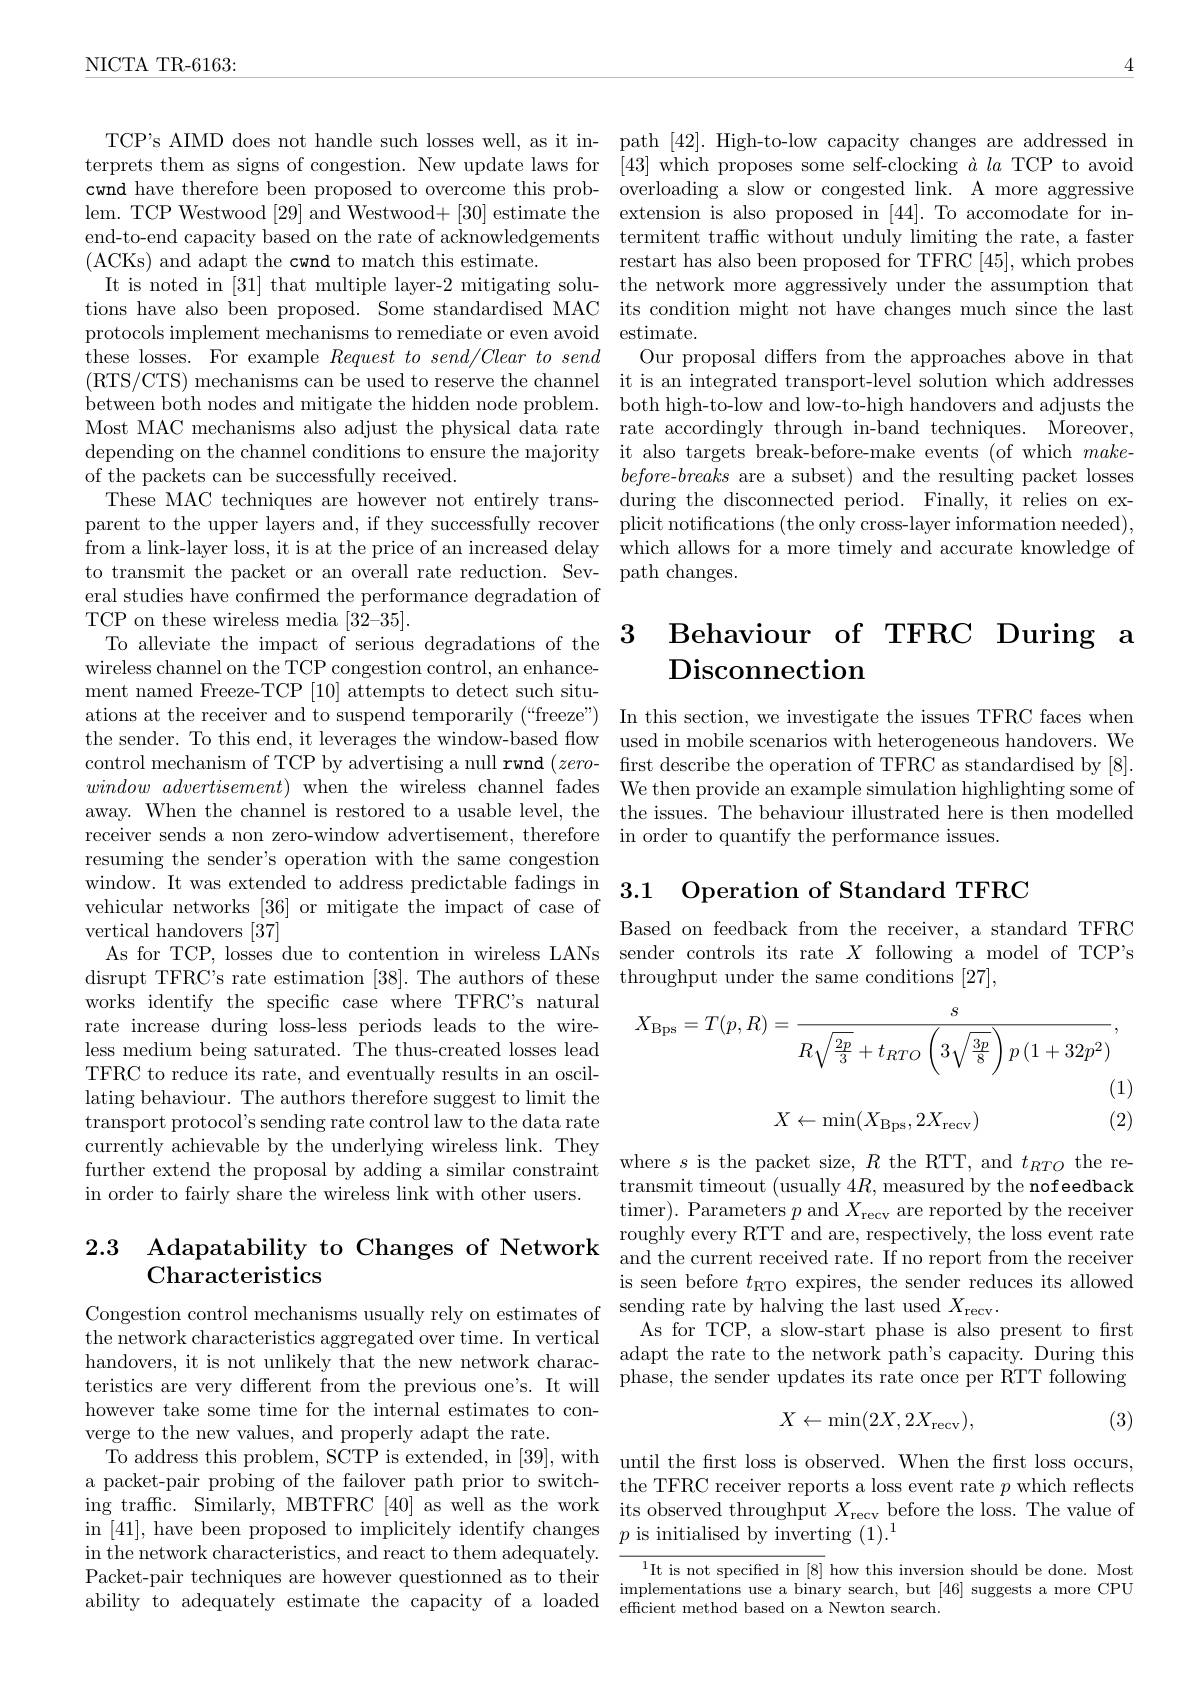
NICTA TR-6163:

( ACKs) and adapt the cwnd
these losses. For example $R$
of the packets can be succes
from a link-layer loss, it i eral studies have confirmed wireless channel on the TCP ment named Freeze-TCP [10] ations at the receiver and t the sender. To this end, it control mechanism of TCP by window $advertisement)$ when away. When the channel is re receiver sends a non zero-wi
resuming the sender's operat
window. It was extended to address predictable fadings in 3.1 Operation of Standard TFRC
vehicular networks [36] or m
vertical handovers [37]
As for TCP, losses due to co
disrupt TFRC's rate estimati
works identify the specific rate increase during loss-le less medium being saturated. The thus-created losses lead TFRC to reduce its rate, and lating behaviour. The authors therefore suggest to limit the transport protocol's sending currently achievable by the underlying wireless link. They further extend the proposal
in order to fairly share the wireless link with other users.

# 2.3 Adapatability to Changes of Network $\begin{array}{lll}\text{roughly every RTT and are, respectively, the loss event rate}\\\text{and t}\end{array}$ Characteristics

the network characteristics however take some time for the internal estimates to converge to the new values, and
To address this problem, SCTP is extended, in [39], with until the first loss is observed. When the first loss occurs, a packet-pair probing of the failover path prior to switch- the TFRC receiver reports a loss event rate $p$ which reflects ing traffic. Similarly, MBTFRC [40] as well as the work its observed throughput $X_\mathrm{recv}$ before the loss. The value of $\operatorname{in}\left[41\right]$,have been proposed to implicitely identify changes $p$ is initialised by inverting $(1).^1$
in the network characteristi Packet-pair techniques are however questionned as to their

TCP's AIMD does not handle s terprets them as signs of co cwnd have therefore been proposed to overcome this prob- overloading a slow or congested link. A more aggressive lem. TCP Westwood [29] and W end-to-end capacity based on
restart has also been proposed for TFRC [45], which probes
It is noted in [31] that mul tions have also been proposed. Some standardised MAC its condition might not have changes much since the last protocols implement mechanis
Our proposal differs from the approaches above in that
(RTS/CTS) mechanisms can b between both nodes and mitig Most MAC mechanisms also adjust the physical data rate rate accordingly through in-band techniques. Moreover, depending on the channel con
$before-breaks$ are a subset) and the resulting packet losses
These MAC techniques are how parent to the upper layers and, if they successfully recover plicit notifications (the only cross-layer information needed),
which allows for a more time
to transmit the packet or an

# TCP on these wireless media Disconnection

Based on feedback from the r
$$X_{\mathrm{Bps}}=T(p,R)=\frac{s}{R\sqrt{\frac{2p}{3}}+t_{RTO}\left(3\sqrt{\frac{3p}{8}}\right)p\left(1+32p^{2}\right)},$$
(1)

(2)
$$X\leftarrow\min(X_{\mathrm{Bps}},2X_{\mathrm{recv}})$$
transmit timeout (usually 4R, measured by the nofeedback timer). Parameters $p$ and is seen before $t_\mathrm{RTO}$ expires, the sender reduces its allowed
Congestion control mechanism
As for TCP, a slow-start phase is also present to first
handovers,  it is not unlikely that the new n
$$X\leftarrow\min(2X,2X_{\mathrm{recv}}),$$
(3)

$^{1}$It is not specified in [8] how this inversion should be done. Most